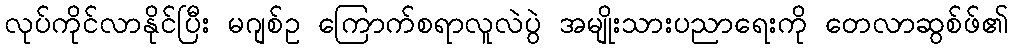
လုပ်ကိုင်လာနိုင်ပြီး မဂျစ်ဥ ကြောက်စရာလူလဲပွဲ အမျိုးသားပညာရေးကို တေလာဆွစ်ဖ်၏